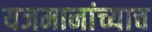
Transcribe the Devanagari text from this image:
यजमानांच्याच